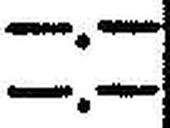
—.—